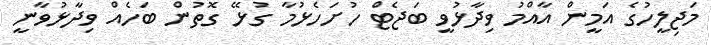
މަޖިލީހުގެ އަމީން އާއްމު ވިދާޅުވީ ބަޖެޓް ހުށަހެޅުމާ ގުޅޭ ގޮތުން ބަހެއް ވިދާޅުވާނީ